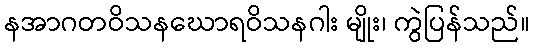
နအာဂတဝိသနဃောရဝိသနဂါး မျိုး၊ ကွဲပြန်သည်။